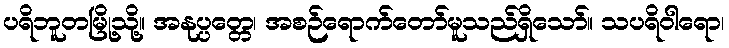
ပရိဘူတမြို့သို့။ အနုပ္ပတ္တေ၊ အစဉ်ရောက်တော်မူသည်ရှိသော်။ သပရိဝါရော၊